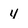
Character: 4